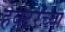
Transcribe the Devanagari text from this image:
हेक्टरच्या